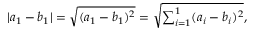
| a _ { 1 } - b _ { 1 } | = { \sqrt { ( a _ { 1 } - b _ { 1 } ) ^ { 2 } } } = { \sqrt { \textstyle \sum _ { i = 1 } ^ { 1 } ( a _ { i } - b _ { i } ) ^ { 2 } } } ,